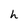
Character: h